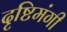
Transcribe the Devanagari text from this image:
दृष्टिमंगी